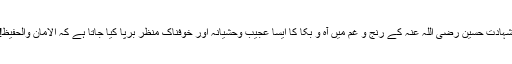
شہادتِ حسین رضی اللہ عنہ کے رنج و غم میں آہ و بکا کا ایسا عجیب وحشیانہ اور خوفناک منظر برپا کیا جاتا ہے کہ الامان والحفیظ!